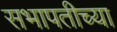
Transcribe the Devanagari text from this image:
सभापतीच्या